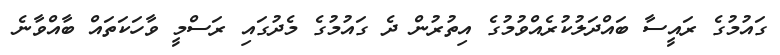
ގައުމުގެ ރައީސާ ބައްދަލުކުރެއްވުމުގެ އިތުރުން ދެ ގައުމުގެ މެދުގައި ރަސްމީ ވާހަކަތައް ބާއްވާނެ